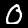
Digit: 0